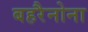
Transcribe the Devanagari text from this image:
बहरैनोना